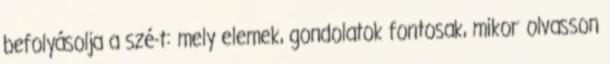
befolyásolja a szé-t: mely elemek, gondolatok fontosak, mikor olvasson